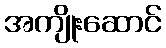
အကျိုးဆောင်